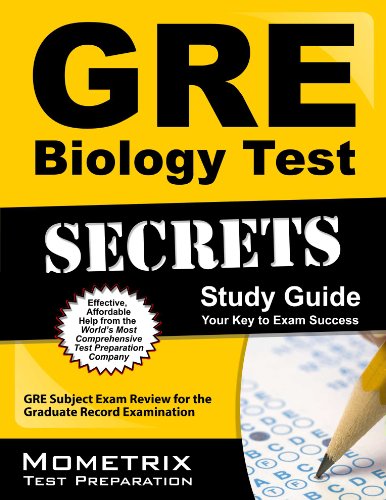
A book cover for GRE Biology Test Secrets Study Guide: GRE Subject Exam Review for the Graduate Record Examination; GRE Subject Exam Secrets Test Prep Team; Test Preparation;